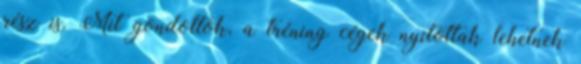
rész is. Mit gondoltok, a tréning cégek nyitottak lehetnek